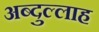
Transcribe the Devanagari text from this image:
अब्‍दुल्‍लाह